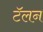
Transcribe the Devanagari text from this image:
टॅलन